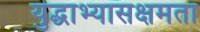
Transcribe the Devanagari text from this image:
युद्धाभ्यासक्षमता